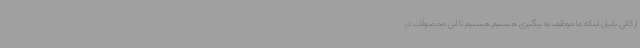
ارکانی بابیان اینکه ما موظف به پیگیری هستیم هستیم تا این محصولات در